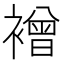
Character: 䙢